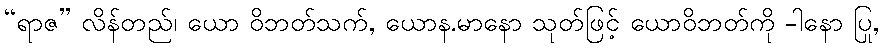
“ရာဇ” လိန်တည်၊ ယော ဝိဘတ်သက်, ယောန.မာနော သုတ်ဖြင့် ယောဝိဘတ်ကို -ါနော ပြု,